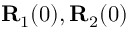
{ \bf R } _ { 1 } ( 0 ) , { \bf R } _ { 2 } ( 0 )